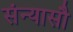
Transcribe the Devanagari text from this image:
संन्यासौ